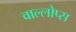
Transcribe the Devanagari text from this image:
वाल्लोप्स